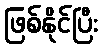
ဖြစ်နိုင်ပြီး